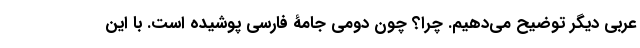
عربی دیگر توضیح می‌دهیم. چرا؟ چون دومی جامۀ فارسی پوشیده است. با این